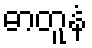
ဓာတူနံ